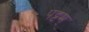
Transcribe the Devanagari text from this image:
पट्टम्